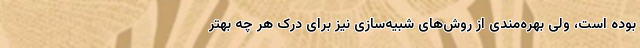
بوده است، ولی بهره‌مندی از روش‌های شبیه‌سازی نیز برای درک هر چه بهتر